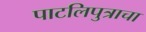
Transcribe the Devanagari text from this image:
पाटलिपुत्राचा